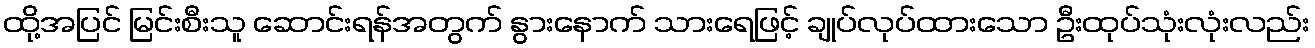
ထို့အပြင် မြင်းစီးသူ ဆောင်းရန်အတွက် နွားနောက် သားရေဖြင့် ချုပ်လုပ်ထားသော ဦးထုပ်သုံးလုံးလည်း